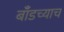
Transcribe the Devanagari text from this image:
बाँडच्याच